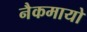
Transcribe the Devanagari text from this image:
नैकमायो